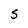
Character: S